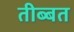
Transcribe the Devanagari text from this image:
तीब्‍बत